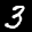
Label: 3